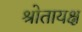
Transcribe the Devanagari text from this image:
श्रोतायक्ष